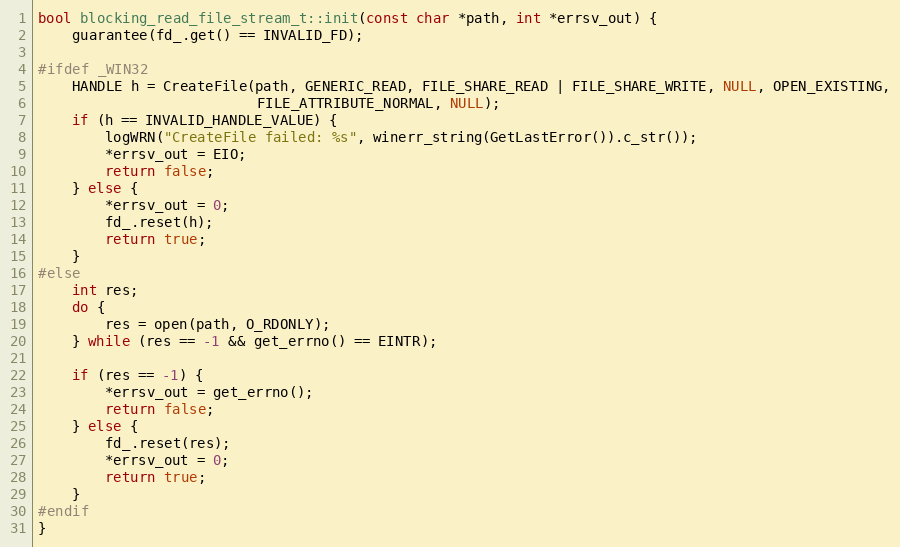
Language: C++
bool blocking_read_file_stream_t::init(const char *path, int *errsv_out) {
    guarantee(fd_.get() == INVALID_FD);

#ifdef _WIN32
    HANDLE h = CreateFile(path, GENERIC_READ, FILE_SHARE_READ | FILE_SHARE_WRITE, NULL, OPEN_EXISTING,
                          FILE_ATTRIBUTE_NORMAL, NULL);
    if (h == INVALID_HANDLE_VALUE) {
        logWRN("CreateFile failed: %s", winerr_string(GetLastError()).c_str());
        *errsv_out = EIO;
        return false;
    } else {
        *errsv_out = 0;
        fd_.reset(h);
        return true;
    }
#else
    int res;
    do {
        res = open(path, O_RDONLY);
    } while (res == -1 && get_errno() == EINTR);

    if (res == -1) {
        *errsv_out = get_errno();
        return false;
    } else {
        fd_.reset(res);
        *errsv_out = 0;
        return true;
    }
#endif
}